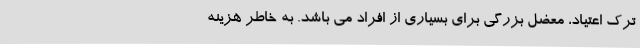
ترک اعتیاد، معضل بزرگی برای بسیاری از افراد می باشد. به خاطر هزینه